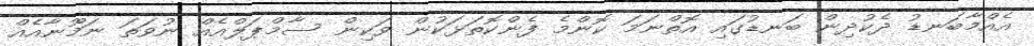
އެއްމާބަނޑު ދެކުދިން ބަނޑުގައި އޮތްނަމަ ކޮންމެ ފެންކޮތަޅަކުން ވަކިން ސާމްޕަލްއެއް ނުވަތަ ނަމޫނާއެއް